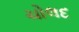
ચોલદ